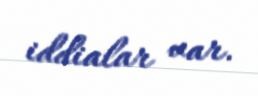
iddialar var.